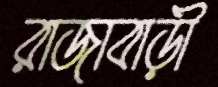
রাজাবাড়ী